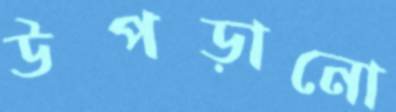
উপড়ানো